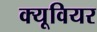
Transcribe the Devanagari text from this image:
क्यूवियर